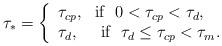
LaTeX: \begin{align*}\tau_{\ast}=\left\{\begin{array}{l}\tau_{cp}, \ \ \mbox{if} \ \ 0 < \tau_{cp}< \tau_d,\\\tau_d, \ \ \ \ \mbox{if} \ \ \tau_d \leq \tau_{cp}< \tau_m.\end{array}\right.\end{align*}